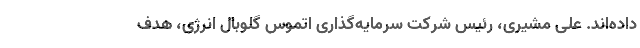
داده‌اند. علی مشیری، رئیس شرکت سرمایه‌گذاری اَتموس گلوبال انرژی، هدف